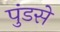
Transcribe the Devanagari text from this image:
पुंडसे